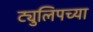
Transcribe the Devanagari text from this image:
ट्युलिपच्या